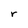
Character: r